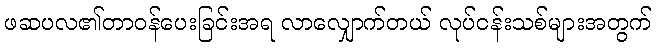
ဖဆပလ၏တာဝန်ပေးခြင်းအရ လာလျှောက်တယ် လုပ်ငန်းသစ်များအတွက်